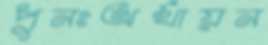
পুনঃঅর্থায়ন